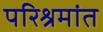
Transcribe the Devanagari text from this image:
परिश्रमांत